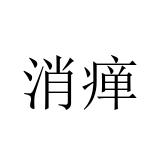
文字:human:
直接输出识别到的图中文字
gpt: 消瘅